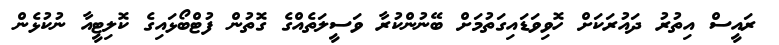
ރައީސް އިތުރު ދައުރަކަށް ހޮވިވަޑައިގަތުމަށް ބޭނުންކުރާ ވަސީލަތެއްގެ ގޮތުން ފުޓްބޯޅައިގެ ކޮލިޓީއާ ނުކުޅެން